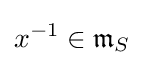
x^{-1}\in {\mathfrak {m}}_{S}